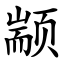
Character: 颛